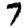
Digit: 7